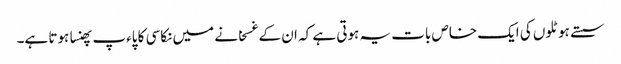
سستے ہوٹلوں کی ایک خاص بات یہ ہوتی ہے کہ ان کے غسخانے میں نکاسی کا پاءپ پھنسا ہوتا ہے۔